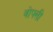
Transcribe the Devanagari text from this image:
वोफ्सी